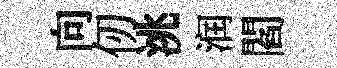
向仞洮润閻